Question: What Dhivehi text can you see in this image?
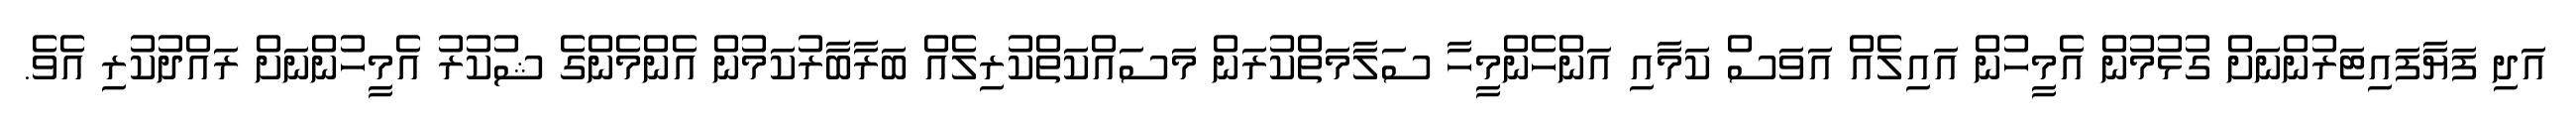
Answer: އަދި ފަޔާފައިޓަރުންނަށް ގުޅުމުން އެމީހުން އައިލެއް އަވަސް ކަމާއި އަންހެންމީހާ ސަލާމަތްކުރަން މަސައްކަތްކުރިލެއް ބަރާބާރުކަމުން އެންމެންގެ ޝުކުރު އެމީހުންނަށް ރައްދުކުރި އެވެ.